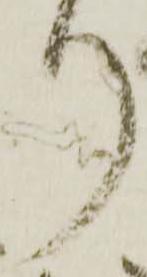
り